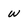
Character: w